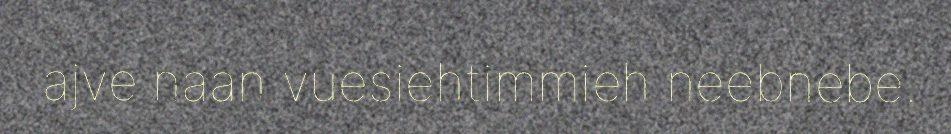
ajve naan vuesiehtimmieh neebnebe.